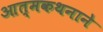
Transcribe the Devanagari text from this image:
आत्मकथनाने